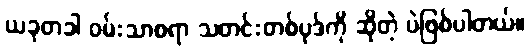
ယခုတခါ ဝမ်းသာစရာ သတင်းတစ်ပုဒ်ကို ဆိုတဲ့ ပဲဖြစ်ပါတယ်။